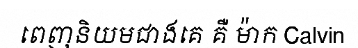
ពេញនិយមជាងគេ គឺ ម៉ាក Calvin